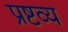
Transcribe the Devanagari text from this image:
प्रष्टव्य